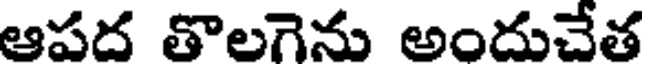
ఆపద తొలగెను అందుచేత